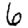
Digit: 6